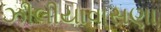
ઝીલીયાવાસણા